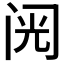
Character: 𲈺